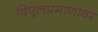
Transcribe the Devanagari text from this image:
विपूलप्रमाणावर